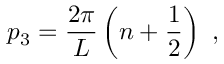
p _ { 3 } = \frac { 2 \pi } { L } \left( n + \frac { 1 } { 2 } \right) \ ,